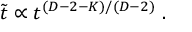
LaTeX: \tilde { t } \propto t ^ { ( D - 2 - { \cal K } ) / ( D - 2 ) } \ .